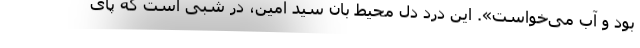
بود و آب می‌خواست». این درد دل محیط بان سید امین، در شبی است که پای